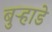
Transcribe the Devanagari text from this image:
बुऱ्हाडे